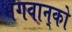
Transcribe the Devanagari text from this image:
भगवान्‌को